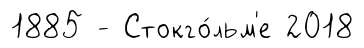
1885 - Стокго́льм'е 2018